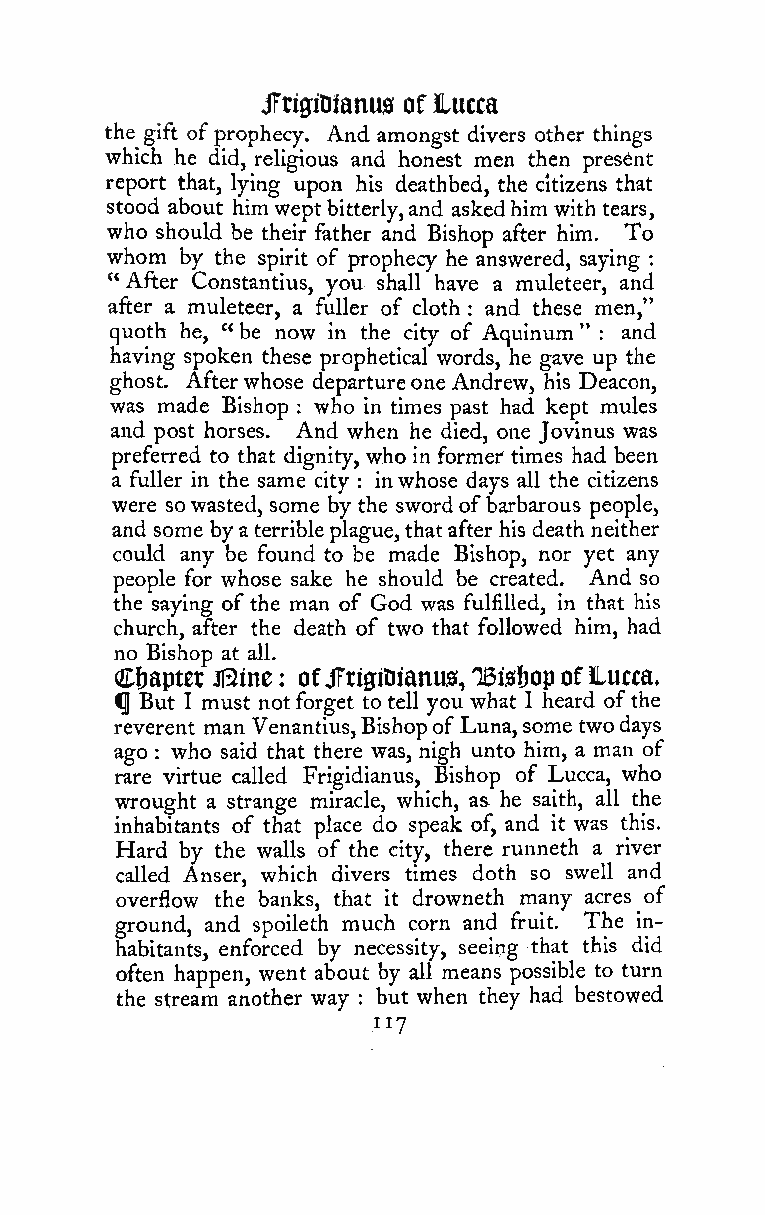
JFtiffiDianus of lucca
 the gift ofprophecy. And amongst divers other things
 which he did, religious and honest men then present
 report that, lying upon his deathbed, the citizens that
 stood about himweptbitterly,and askedhim with tears,
 who should be their father and Bishop after him. To
 whom by the spirit of prophecy he answered, saying
 :
 " After Constantius, you shall have a muleteer, and
 after a muleteer, a fuller of cloth and these men,"
 :
 quoth he, " be now in the city of Aquinum " and
 :
 having spoken these prophetical words, he gave up the
 ghost. Afterwhose departureone Andrew, his Deacon,
 was made Bishop who in times past had kept mules
 :
 and post horses. And when he died, one Jovinus was
 preferred to that dignity, who in former times had been
 a fuller in the same city : inwhose days all the citizens
 were sowasted, some by the swordofbarbarous people,
 and some byaterribleplague,that after his death neither
 could any be found to be made Bishop, nor yet any
 people for whose sake he should be created. And so
 the saying of the man of God was fulfilled, in that his
 church, after the death of two that followed him, had
 no Bishopmatmall.
 €t)apta:    ofJTrigiDianu0, IBis&op ofLucca,
 :
 ^ But I must notforget to tell you what 1 heard ofthe
 reverent man Venantius,Bishopof Luna, some twodays
 ago who said that there was, nigh unto him, a man of
 :
 rare virtue called Frigidianus, Bishop of Lucca, who
 wrought a strange miracle, which, as he saith, all the
 inhabitants of that place do speak of, and it was this.
 Hard by the walls of the city, there runneth a river
 called Anser, which divers times doth so swell and
 overflow the banks, that it drowneth many acres of
 ground, and spoileth much corn and fruit. The in-
 habitants, enforced by necessity, seeing that this did
 often happen, went about by all means possible to turn
 the stream another way but when they had bestowed
 :
 "7